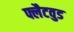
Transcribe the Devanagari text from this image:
फ्लैटवुड